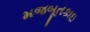
મજબૂતકાઇ